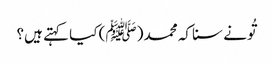
تُونے سنا کہ محمد (ﷺ) کیا کہتے ہیں؟